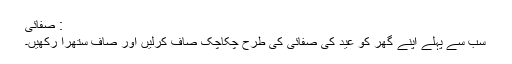
: صفائی
سب سے پہلے اپنے گھر کو عید کی صفائی کی طرح چکاچک صاف کرلیں اور صاف ستھرا رکھیں۔